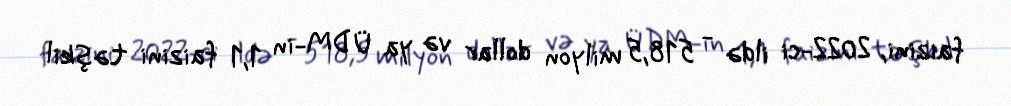
faizini, 2022-ci ildə - 518,5 milyon dollar və ya ÜDM-in 1,1 faizini təşkil